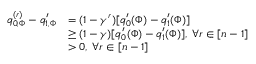
\begin{array} { r l } { q _ { 0 , \Phi } ^ { ( r ) } - q _ { 1 , \Phi } ^ { \prime } } & { = ( 1 - \gamma ^ { r } ) [ q _ { 0 } ^ { \prime } ( \Phi ) - q _ { 1 } ^ { \prime } ( \Phi ) ] } \\ & { \ge ( 1 - \gamma ) [ q _ { 0 } ^ { \prime } ( \Phi ) - q _ { 1 } ^ { \prime } ( \Phi ) ] , \: \forall r \in [ n - 1 ] } \\ & { > 0 , \: \forall r \in [ n - 1 ] } \end{array}